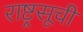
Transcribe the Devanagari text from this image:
राष्ट्रसूची